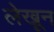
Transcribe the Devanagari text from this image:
लेखून